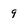
Character: 9